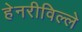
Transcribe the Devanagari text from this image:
हेनरीविल्ले